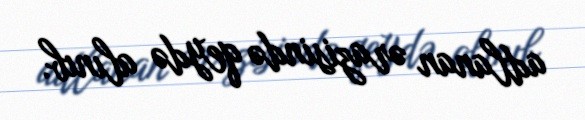
adlanan ərazisində qeydə alınıb.